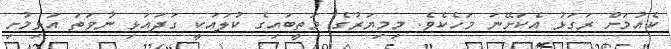
ކެއުމަށް ރަގަޅު އެކަށޭނަ މަހެކެވެ. މިމިޔަރުގެ މަތީބައިގެ ކުލައަކީ ގަދައަޅި ނުވަތަ އަޅިމުށި